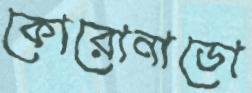
কোরোনাডো